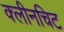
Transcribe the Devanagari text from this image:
क्लीनचिट